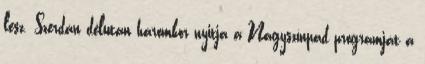
lesz. Szerdán délután háromkor nyitja a Nagyszínpad programját a